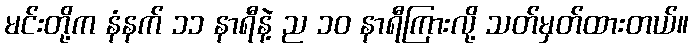
မင်းတို့က နံနက် ၁၁ နာရီနဲ့ ည ၁၀ နာရီကြားလို့ သတ်မှတ်ထားတယ်။